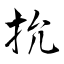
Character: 抁